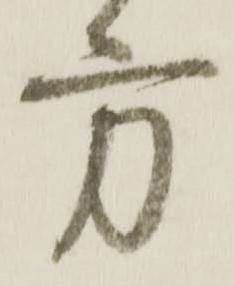
方